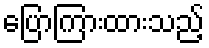
ပြောကြားထားသည့်